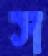
স